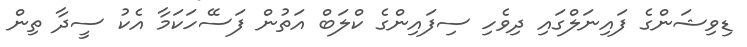
ޑިވިޝަންގެ ފައިނަލްގައި ދިވެހި ސިފައިންގެ ކްލަބް އަތުން ފަސޭހަކަމާ އެކު ސީދާ ތިން